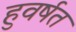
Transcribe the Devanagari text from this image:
हुवर्षत